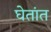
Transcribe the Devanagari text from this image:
घेतांत